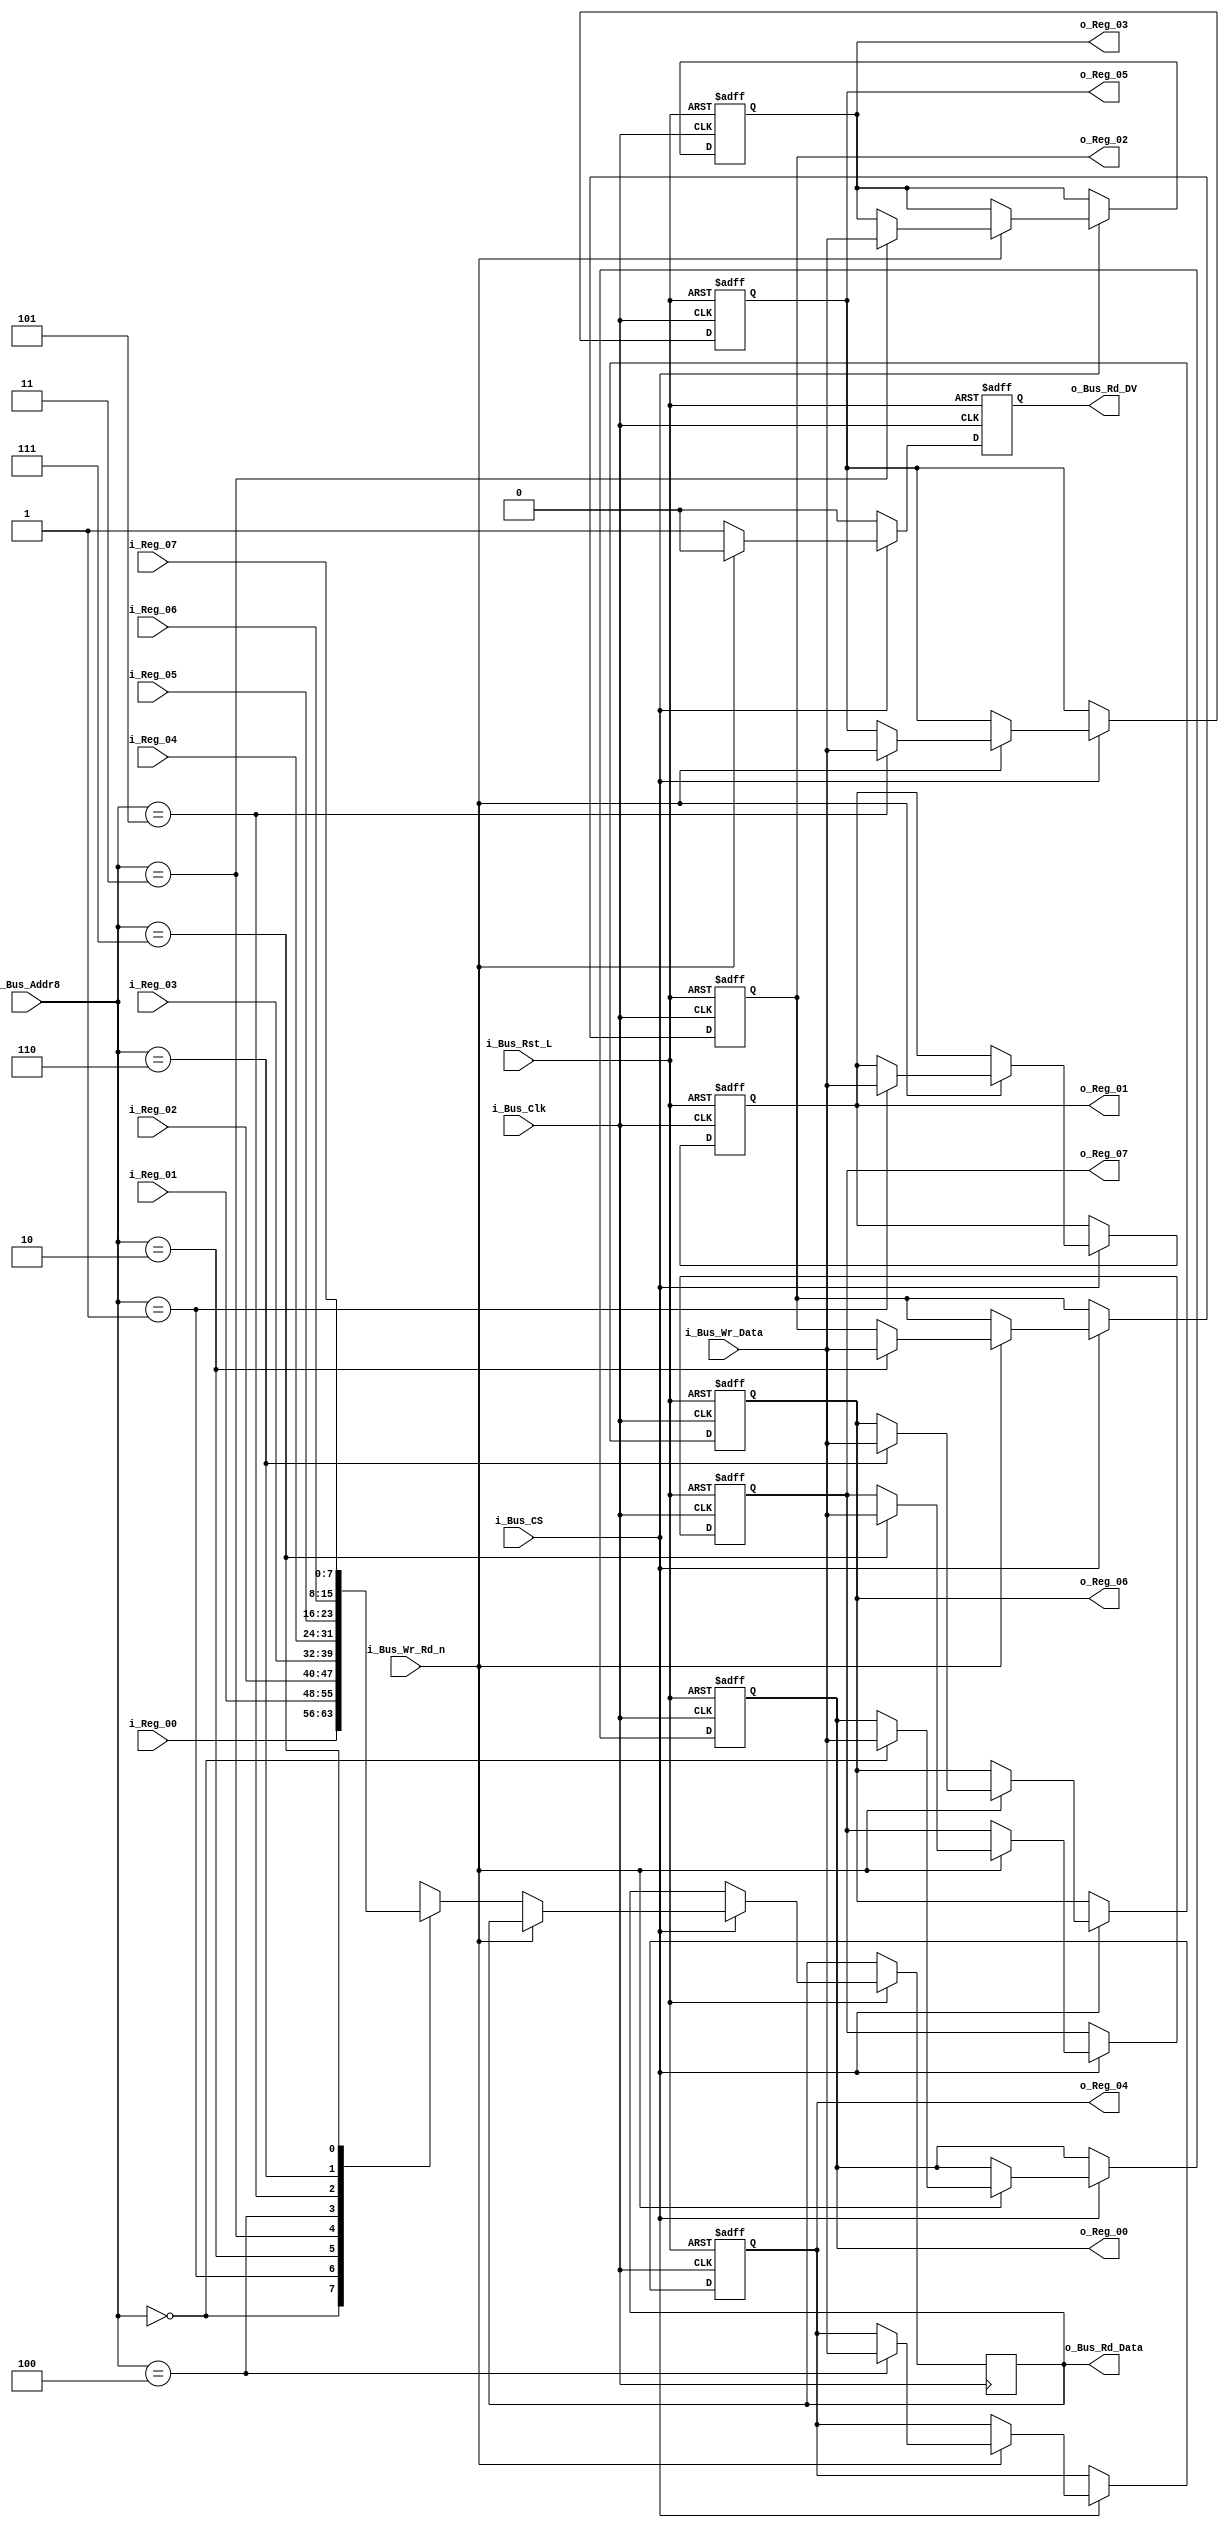
//////////////////////////////////////////////////////////////////////////////
// FPGA Bus Registers, 8 bits wide
// Contains 8 Readable/Writable Registers.
//
// Parameters:
// INIT_XX - Used to initalize registers to non-zero values.
//////////////////////////////////////////////////////////////////////////////
module Bus8_Reg_X8 #(parameter INIT_00  = 0,
                     parameter INIT_01  = 0,
                     parameter INIT_02  = 0,
                     parameter INIT_03  = 0,
                     parameter INIT_04  = 0,
                     parameter INIT_05  = 0,
                     parameter INIT_06  = 0,
                     parameter INIT_07  = 0)
 (input            i_Bus_Rst_L,
  input            i_Bus_Clk,
  input            i_Bus_CS,
  input            i_Bus_Wr_Rd_n,
  input [2:0]      i_Bus_Addr8,
  input [7:0]      i_Bus_Wr_Data,
  output reg [7:0] o_Bus_Rd_Data,
  output reg       o_Bus_Rd_DV,
  input [7:0]      i_Reg_00,
  input [7:0]      i_Reg_01,
  input [7:0]      i_Reg_02,
  input [7:0]      i_Reg_03,
  input [7:0]      i_Reg_04,
  input [7:0]      i_Reg_05,
  input [7:0]      i_Reg_06,
  input [7:0]      i_Reg_07,
  output reg [7:0] o_Reg_00,
  output reg [7:0] o_Reg_01,
  output reg [7:0] o_Reg_02,
  output reg [7:0] o_Reg_03,
  output reg [7:0] o_Reg_04,
  output reg [7:0] o_Reg_05,
  output reg [7:0] o_Reg_06,
  output reg [7:0] o_Reg_07);

  always @(posedge i_Bus_Clk or negedge i_Bus_Rst_L)
  begin
    if (~i_Bus_Rst_L)
    begin
      o_Bus_Rd_DV <= 1'b0;
      o_Reg_00    <= INIT_00;
      o_Reg_01    <= INIT_01;
      o_Reg_02    <= INIT_02;
      o_Reg_03    <= INIT_03;
      o_Reg_04    <= INIT_04;
      o_Reg_05    <= INIT_05;
      o_Reg_06    <= INIT_06;
      o_Reg_07    <= INIT_07;
    end
    else
    begin
      o_Bus_Rd_DV <= 1'b0;

      if (i_Bus_CS == 1'b1)
      begin
        if (i_Bus_Wr_Rd_n == 1'b1) // Write Command
        begin
          case (i_Bus_Addr8[2:0])
          3'b000 : o_Reg_00 <= i_Bus_Wr_Data;
          3'b001 : o_Reg_01 <= i_Bus_Wr_Data;
          3'b010 : o_Reg_02 <= i_Bus_Wr_Data;
          3'b011 : o_Reg_03 <= i_Bus_Wr_Data;
          3'b100 : o_Reg_04 <= i_Bus_Wr_Data;
          3'b101 : o_Reg_05 <= i_Bus_Wr_Data;
          3'b110 : o_Reg_06 <= i_Bus_Wr_Data;
          3'b111 : o_Reg_07 <= i_Bus_Wr_Data;
          endcase
        end
        else // Read Command
        begin
          o_Bus_Rd_DV   <= 1'b1;
          
          case (i_Bus_Addr8[2:0])
          3'b000 : o_Bus_Rd_Data <= i_Reg_00;
          3'b001 : o_Bus_Rd_Data <= i_Reg_01;
          3'b010 : o_Bus_Rd_Data <= i_Reg_02;
          3'b011 : o_Bus_Rd_Data <= i_Reg_03;
          3'b100 : o_Bus_Rd_Data <= i_Reg_04;
          3'b101 : o_Bus_Rd_Data <= i_Reg_05;
          3'b110 : o_Bus_Rd_Data <= i_Reg_06;
          3'b111 : o_Bus_Rd_Data <= i_Reg_07;
          endcase 
        end // else: !if(i_Bus_Wr_Rd_n == 1'b1)
      end // if (i_Bus_CS == 1'b1)
    end // else: !if(!i_Bus_Rst_L)
  end // always @ (posedge i_Bus_Clk or negedge i_Bus_Rst_L)

endmodule // Bus8_Reg_X8